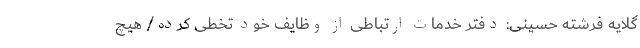
گلایه فرشته حسینی: دفتر خدمات ارتباطی از وظایف خود تخطی کرده/ هیچ